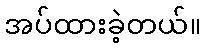
အပ်ထားခဲ့တယ်။